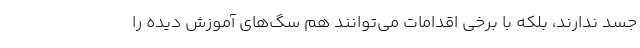
جسد ندارند، بلکه با برخی اقدامات می‌توانند هم سگ‌های آموزش دیده را